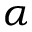
\alpha